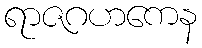
ရာဇဂဟကေန